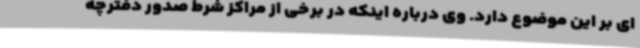
ای بر این موضوع دارد. وی درباره اینکه در برخی از مراکز شرط صدور دفترچه